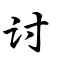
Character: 讨